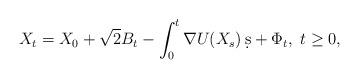
LaTeX: \begin{align*} X_t = X_0 + \sqrt{2} B_t- \int_0^t \nabla U(X_s)\, \d s + \Phi_t, \ t\geq0,\end{align*}